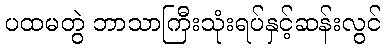
ပထမတွဲ ဘာသာကြီးသုံးရပ်နှင့်ဆန်းလွင်